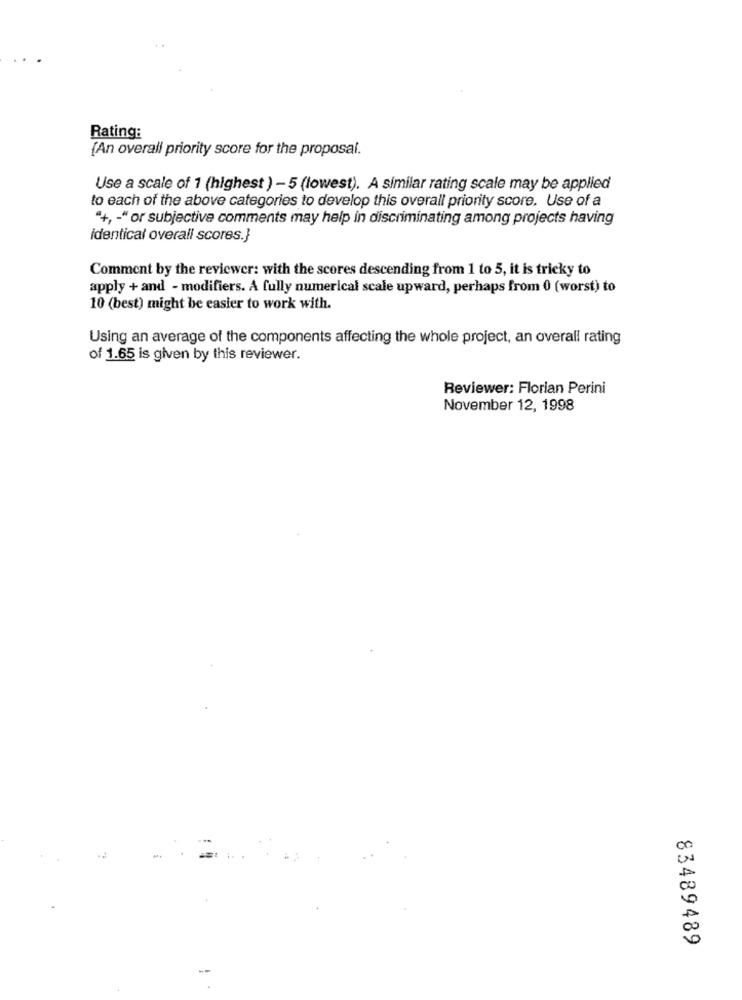
Rating:
{An overall priority score for the proposal.
Use a scale of 1 (highest ) - 5 (lowest). A similar rating scale may be applied
to each of the above categories to develop this overall priority score. Use of a
"+, - " or subjective comments may help in discriminating among projects having
identical overall scores.}
Comment by the reviewer: with the scores descending from 1 to 5, it is tricky to
apply + and - modifiers. A fully numerical scale upward, perhaps from 0 (worst) to
10 (best) might be easier to work with.
Using an average of the components affecting the whole project, an overall rating
of 1.65 is given by this reviewer.
Reviewer: Florian Perini
November 12, 1998
00
50
83489489